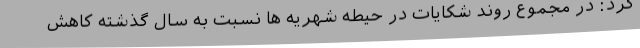
کرد: در مجموع روند شکایات در حیطه شهریه ها نسبت به سال گذشته کاهش